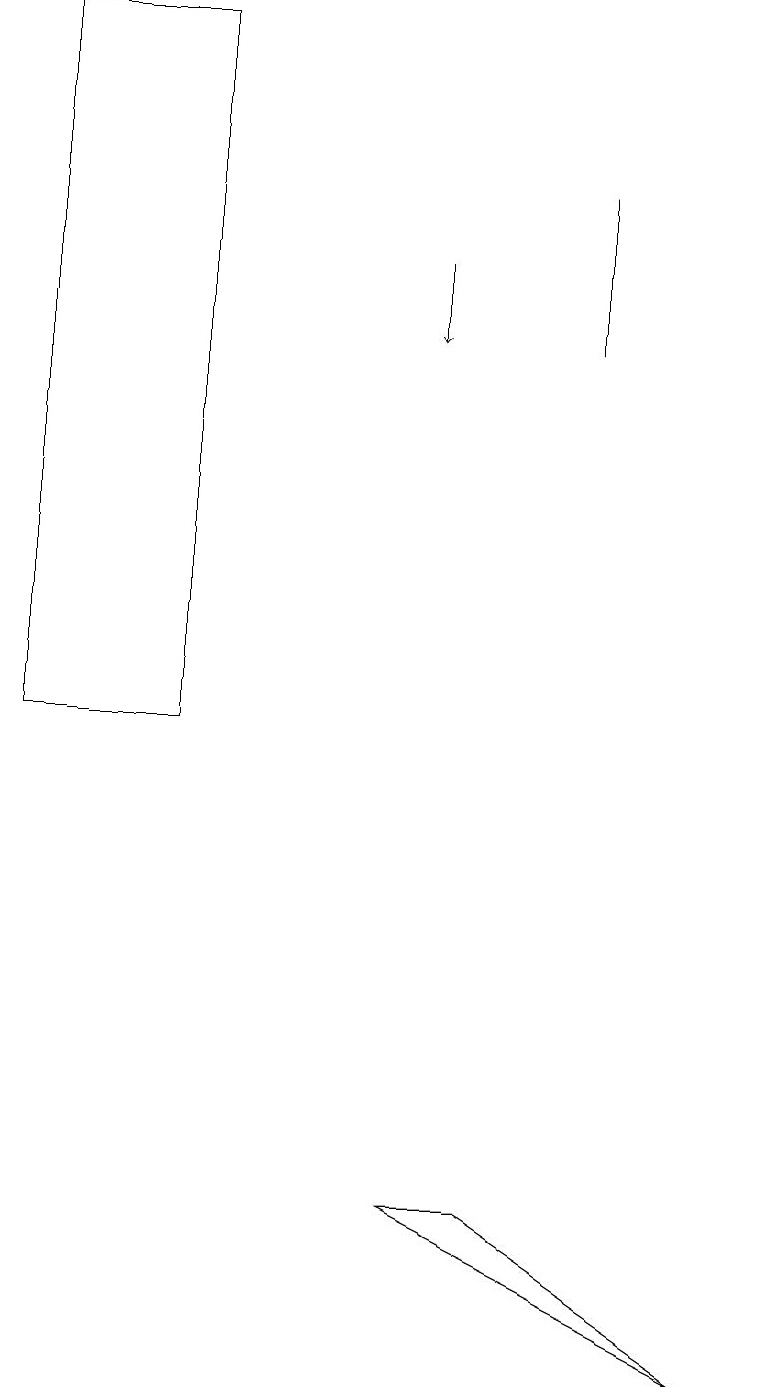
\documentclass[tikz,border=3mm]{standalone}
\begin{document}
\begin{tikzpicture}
\draw (0,10) rectangle (2,19);
\draw[->] (5,16) -- (5,15);
\draw (7,17) rectangle (7,15);
\draw (9,2) -- (5,4) -- (6,4) -- cycle;
\draw (2,19) rectangle (2,15);
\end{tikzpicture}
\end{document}